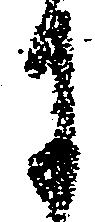
に